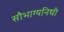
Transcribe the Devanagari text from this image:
सौभाग्यनिधी